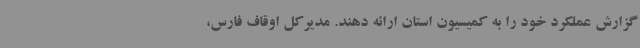
گزارش عملکرد خود را به کمیسیون استان ارائه دهند. مدیرکل اوقاف فارس،